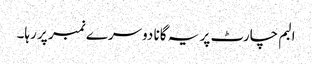
البم چارٹ پر یہ گانا دوسرے نمبر پر رہا۔